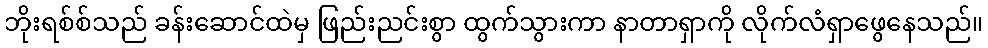
ဘိုးရစ်စ်သည် ခန်းဆောင်ထဲမှ ဖြည်းညင်းစွာ ထွက်သွားကာ နာတာရှာကို လိုက်လံရှာဖွေနေသည်။